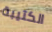
الكتيبة